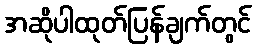
အဆိုပါထုတ်ပြန်ချက်တွင်